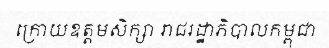
ក្រោយឧត្តមសិក្សា រាជរដ្ឋាភិបាលកម្ពុជា